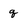
Character: q